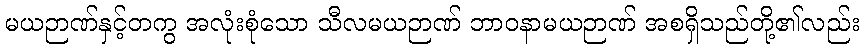
မယဉာဏ်နှင့်တကွ အလုံးစုံသော သီလမယဉာဏ် ဘာဝနာမယဉာဏ် အစရှိသည်တို့၏လည်း